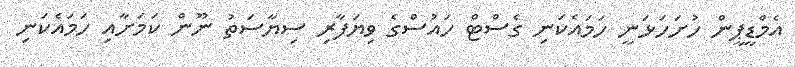
އެމްޑީޕީން ހުށަހަޅަނީ ހަމައެކަނި ގެސްޓް ހައުސްގެ ވިޔަފާރި ސިޔާސަތު ނޫން ކަމަށާއި ހަމައެކަނި